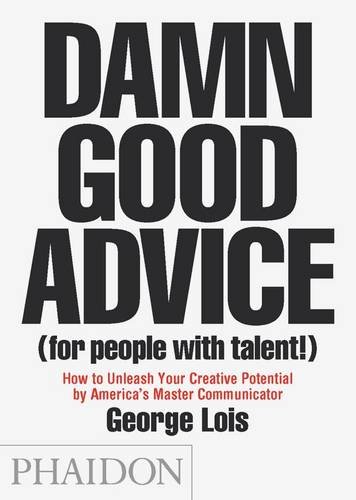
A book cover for Damn Good Advice (For People with Talent!): How To Unleash Your Creative Potential by America's Master Communicator, George Lois; George Lois; Self-Help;